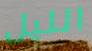
الليل